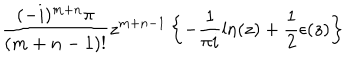
LaTeX: \frac { ( - i ) ^ { m + n } \pi } { ( m + n - 1 ) ! } z ^ { m + n - 1 } \left\{ - \frac { 1 } { \pi i } \ln ( z ) + \frac { 1 } { 2 } \epsilon ( z ) \right\}